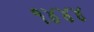
૧૪૪૪